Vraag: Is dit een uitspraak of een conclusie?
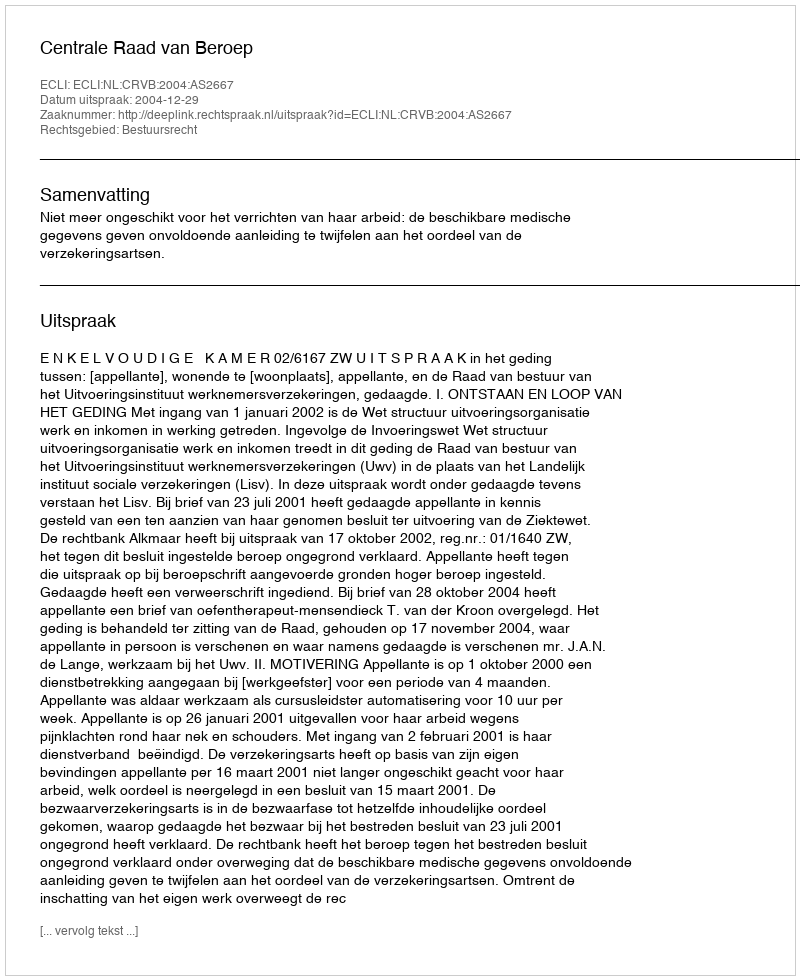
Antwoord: Uitspraak